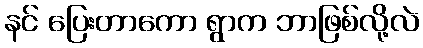
နင် ပြေးတာကော ရွာက ဘာဖြစ်လို့လဲ